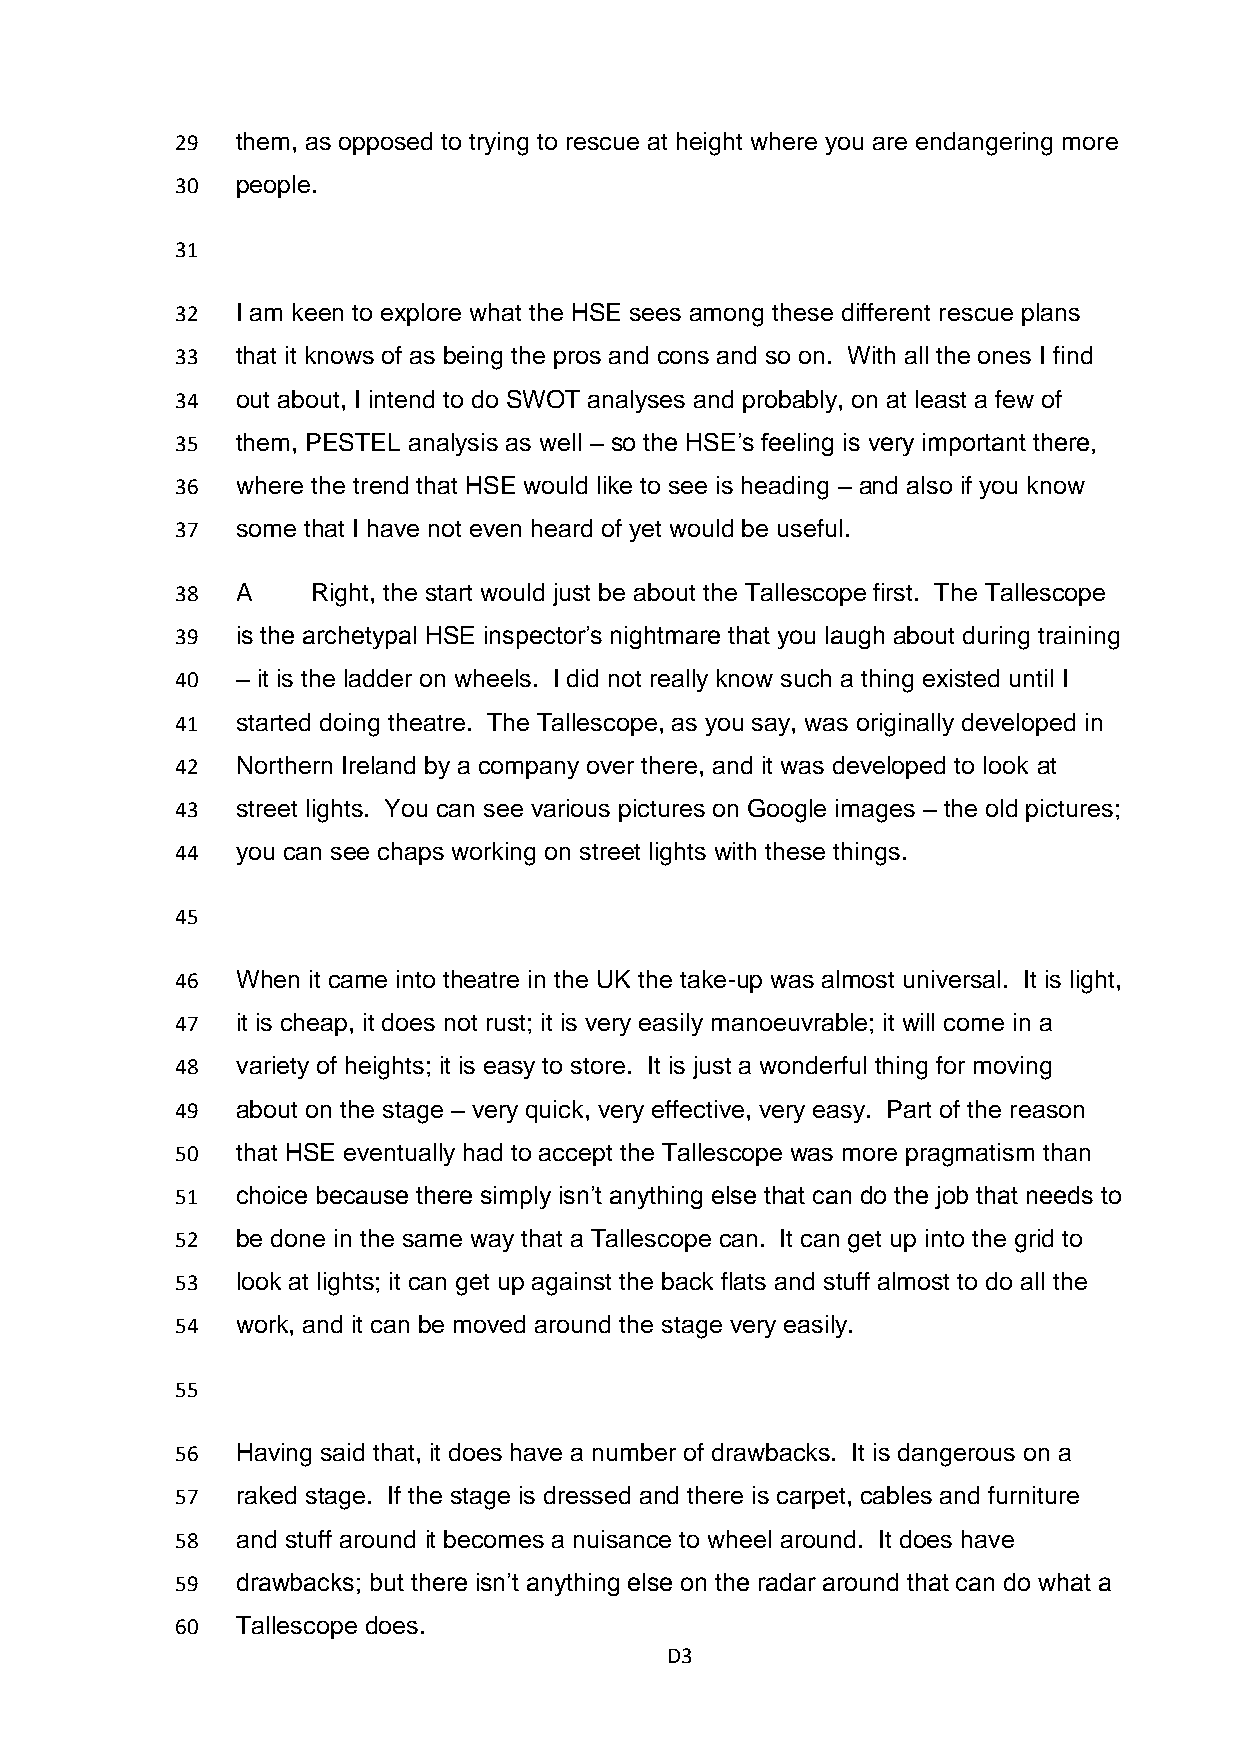
29  them, as opposed to trying to rescue at height where you are endangering more
 30  people.
 31
 32  I am keen to explore what the HSE sees among these different rescue plans
 33  that it knows of as being the pros and cons and so on. With all the ones I find
 34  out about, I intend to do SWOT analyses and probably, on at least a few of
 35  them, PESTEL analysis as well – so the HSE’s feeling is very important there,
 36  where the trend that HSE would like to see is heading – and also if you know
 37  some that I have not even heard of yet would be useful.
 38  A    Right, the start would just be about the Tallescope first. The Tallescope
 39  is the archetypal HSE inspector’s nightmare that you laugh about during training
 40  – it is the ladder on wheels. I did not really know such a thing existed until I
 41  started doing theatre. The Tallescope, as you say, was originally developed in
 42  Northern Ireland by a company over there, and it was developed to look at
 43  street lights. You can see various pictures on Google images – the old pictures;
 44  you can see chaps working on street lights with these things.
 45
 46  When it came into theatre in the UK the take-up was almost universal. It is light,
 47  it is cheap, it does not rust; it is very easily manoeuvrable; it will come in a
 48  variety of heights; it is easy to store. It is just a wonderful thing for moving
 49  about on the stage – very quick, very effective, very easy. Part of the reason
 50  that HSE eventually had to accept the Tallescope was more pragmatism than
 51  choice because there simply isn’t anything else that can do the job that needs to
 52  be done in the same way that a Tallescope can. It can get up into the grid to
 53  look at lights; it can get up against the back flats and stuff almost to do all the
 54  work, and it can be moved around the stage very easily.
 55
 56  Having said that, it does have a number of drawbacks. It is dangerous on a
 57  raked stage. If the stage is dressed and there is carpet, cables and furniture
 58  and stuff around it becomes a nuisance to wheel around. It does have
 59  drawbacks; but there isn’t anything else on the radar around that can do what a
 60  Tallescope does.
 D3